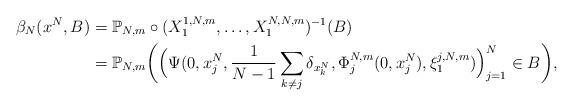
LaTeX: \begin{align*}\beta_N(x^N,B)&=\mathbb{P}_{N,m} \circ ({X}^{1,N,m}_1, \dots, {X}^{N,N,m}_1)^{-1}(B)\\& =\mathbb{P}_{N,m} \bigg(\Big(\Psi(0, x^N_j, \frac{1}{N-1}\sum_{k\neq j}\delta_{x^N_k}, \Phi^{N,m}_j(0,x^N_j), \xi^{j,N,m}_1)\Big)_{j = 1}^N \in B\bigg),\end{align*}